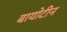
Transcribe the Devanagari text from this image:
बायोटीन